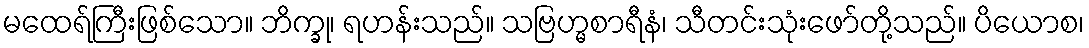
မထေရ်ကြီးဖြစ်သော။ ဘိက္ခု၊ ရဟန်းသည်။ သဗြဟ္မစာရီနံ၊ သီတင်းသုံးဖော်တို့သည်။ ပိယောစ၊